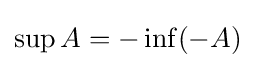
\sup A=-\inf(-A)